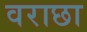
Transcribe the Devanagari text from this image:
वराछा